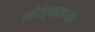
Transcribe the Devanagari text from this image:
मोरेश्र्वराच्या